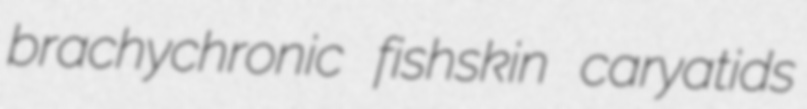
brachychronic fishskin caryatids